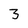
Character: 3